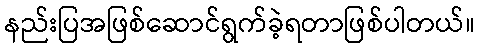
နည်းပြအဖြစ်ဆောင်ရွက်ခဲ့ရတာဖြစ်ပါတယ်။